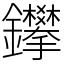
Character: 鑻